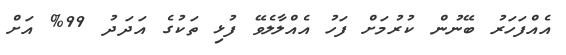
އެއްފަހަރު ބޭނުން ކުރުމަށް ފަހު އެއްލާލެވޭ ފުޅި ތަކުގެ އަދަދު 99% އަށް